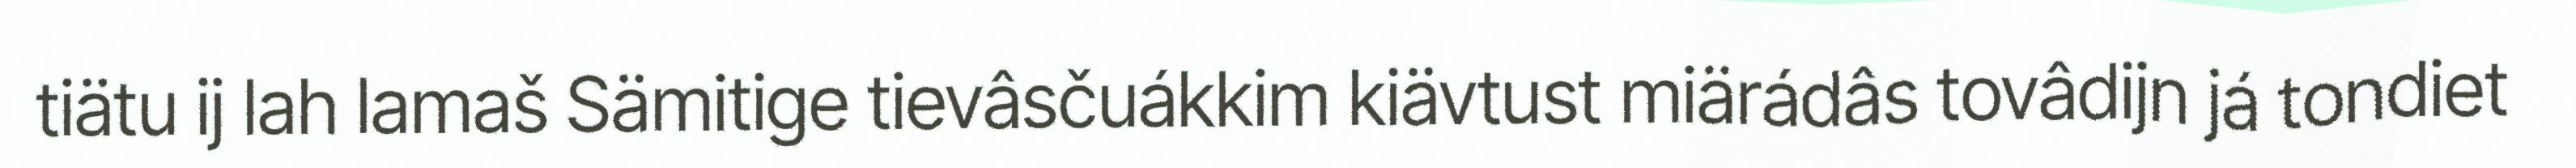
tiätu ij lah lamaš Sämitige tievâsčuákkim kiävtust miärádâs tovâdijn já tondiet